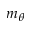
m _ { \theta }